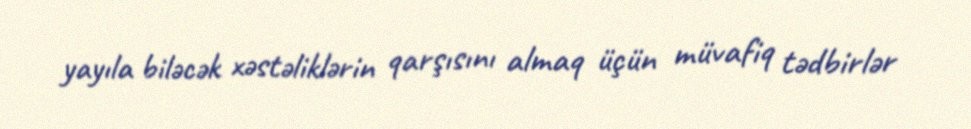
yayıla biləcək xəstəliklərin qarşısını almaq üçün müvafiq tədbirlər